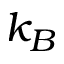
k _ { B }